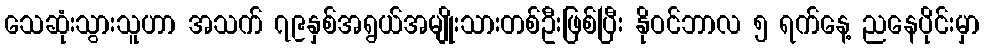
သေဆုံးသွားသူဟာ အသက် ၇၉နှစ်အရွယ်အမျိုးသားတစ်ဦးဖြစ်ပြီး နိုဝင်ဘာလ ၅ ရက်နေ့ ညနေပိုင်းမှာ